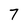
Character: 7